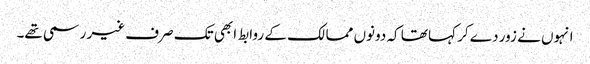
انہوں نے زور دے کر کہا تھا کہ دونوں ممالک کے روابط ابھی تک صرف غیر رسمی تھے۔